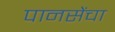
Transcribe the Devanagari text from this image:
पानसेंचा